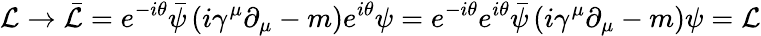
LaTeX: {\mathcal{L}}\rightarrow{\bar{\mathcal{L}}}=e^{-i\theta}{\bar{\psi}}\left(i\gamma^{\mu}\partial_{\mu}-m\right)e^{i\theta}\psi=e^{-i\theta}e^{i\theta}{\bar{\psi}}\left(i\gamma^{\mu}\partial_{\mu}-m\right)\psi={\mathcal{L}}